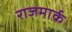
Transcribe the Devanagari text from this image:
राजमार्क